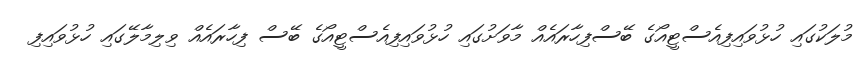
މުލަކުގައި ހުޅުވައިފިއެސްޓީއޯގެ ބޭސްފިހާރައެއް މާވަށުގައި ހުޅުވައިފިއެސްޓީއޯގެ ބޭސް ފިހާރައެއް ވިލިމާލޭގައި ހުޅުވައިފި